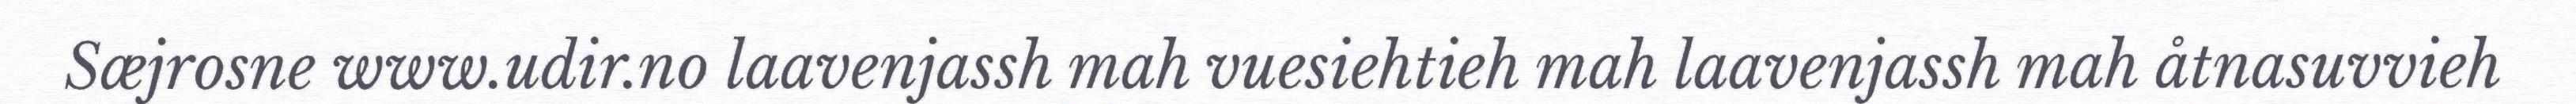
Sæjrosne www.udir.no laavenjassh mah vuesiehtieh mah laavenjassh mah åtnasuvvieh